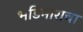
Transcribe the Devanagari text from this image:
भडिमाराचा